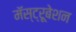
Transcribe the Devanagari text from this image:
मॅस्ट्रूबेशन